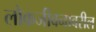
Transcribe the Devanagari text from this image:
लोकजीवनावरील